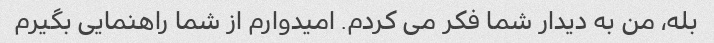
بله، من به دیدار شما فکر می کردم. امیدوارم از شما راهنمایی بگیرم